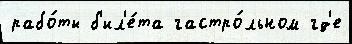
рабо́ты б'ил'е́та гастро́льном гд'е